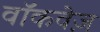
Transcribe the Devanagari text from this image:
वॉकवेज़